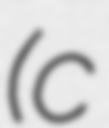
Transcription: (c